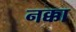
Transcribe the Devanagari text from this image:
नक्का